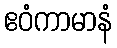
ဧဝံကာမာနံ